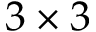
3 \times 3